Indian journal of veterinary science and animal husbandry - Volume 6,
Year: 1936
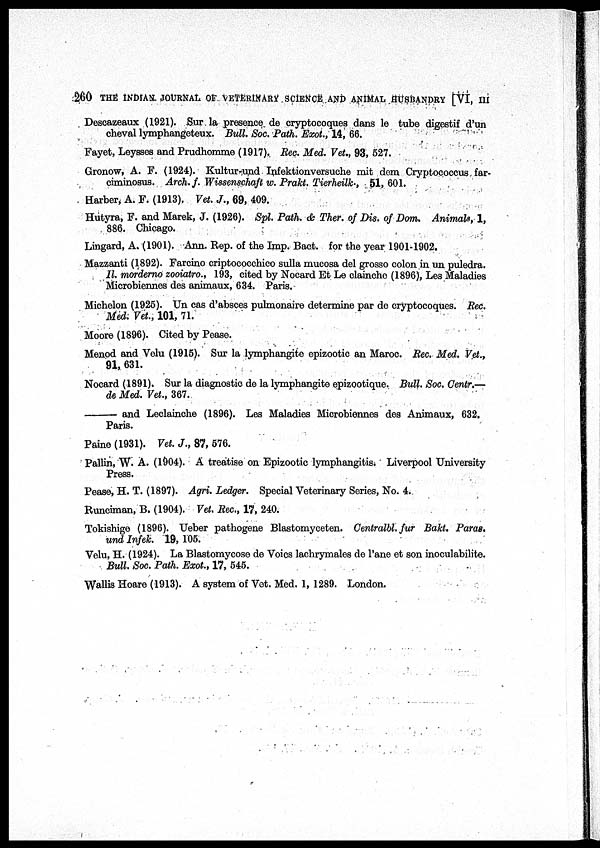
260 THE INDIAN JOURNAL OF VETERINARY SCIENCE AND ANIMAL HUSBANDRY [VI, III
Descazeaux (1921). Sur. la presence de cryptocoques dans le tube digestif d'un
cheval lymphangeteux. Bull. Soc. Path. Exot., 14, 66.
Fayet, Leysses and Prudhomme (1917). Rec. Med. Vet., 93, 527.
Gronow, A. F. (1924). Kultur-und Infektionversuche mit dem Cryptococcus far¬
ciminosus. Arch. f. Wissenschaft w. Prakt. Tierheilk-, 51, 601.
Harber, A. F. (1913). Vet. J., 69, 409.
Hutyra, F. and Marek, J. (1926). Spl. Path. & Ther. of Dis. of Dom. Animals, 1,
886. Chicago.
Lingard, A. (1901). Ann. Rep. of the Imp. Bact. for the year 1901-1902.
Mazzanti (1892). Farcino criptococchico sulla mucosa del grosso colon in un puledra.
Il. morderno zooiatro., 193, cited by Nocard Et Le clainche (1896), Les Maladies
Microbiennes des animaux, 634. Paris.
Michelon (1925). Un cas d'absces pulmonaire determine par de cryptocoques. Rec.
Med. Vet., 101, 71.
Moore (1896). Cited by Pease.
Menod and Velu (1915). Sur la lymphangite epizootic an Maroc. Rec. Med. Vet.,
91, 631.
Nocard (1891). Sur la diagnostic de la lymphangite epizootique. Bull. Soc. Centr.—
de Med. Vet., 367.
—— and Leclainche (1896). Les Maladies Microbiennes des Animaux, 632.
Paris.
Paine (1931). Vet. J., 87, 576.
Pallin, W. A. (1904). A treatise on Epizootic lymphangitis. Liverpool University
Press.
Pease, H. T. (1897). Agri. Ledger. Special Veterinary Series, No. 4.
Runciman, B. (1904). Vet. Rec., 17, 240.
Tokishige (1896). Ueber pathogene Blastomyceten. Centralbl. fur Bakt. Paras.
und Infek. 19, 105.
Velu, H. (1924). La Blastomycose de Voics lachrymales de l'ane et son inoculabilite.
Bull. Soc. Path. Exot., 17, 545.
Wallis Hoare (1913). A system of Vet. Med. 1, 1289. London.